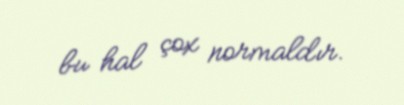
bu hal çox normaldır.